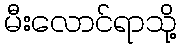
မီးလောင်ရာသို့